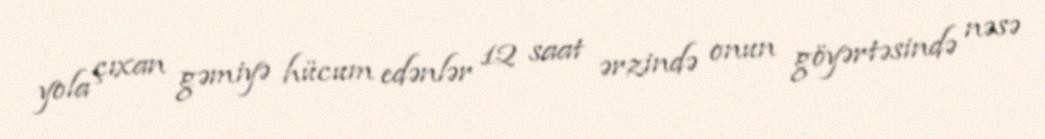
yola çıxan gəmiyə hücum edənlər 12 saat ərzində onun göyərtəsində nəsə